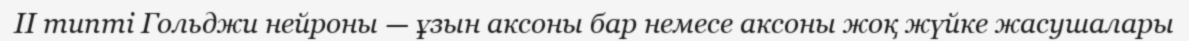
II типті Гольджи нейроны — ұзын аксоны бар немесе аксоны жоқ жүйке жасушалары